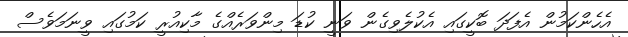
އެހެންކަމުން އެފަދަ ބޮކީގައި އެކުލެވިގެން ވަނީ ކުޑަ މިންވަރެއްގެ މާކިއުރީ ކަމުގައި ވީނަމަވެސް